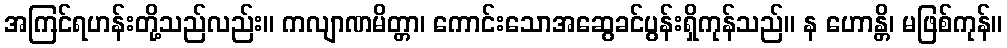
အကြင်ရဟန်းတို့သည်လည်း။ ကလျာဏမိတ္တာ၊ ကောင်းသောအဆွေခင်ပွန်းရှိကုန်သည်။ န ဟောန္တိ၊ မဖြစ်ကုန်။